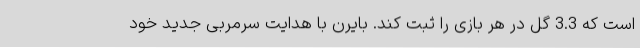
است که 3.3 گل در هر بازی را ثبت کند. بایرن با هدایت سرمربی جدید خود